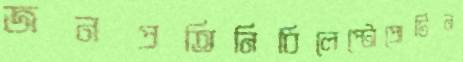
জনপ্রতিনিধিলেপ্টোপ্রোটিন